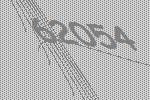
62054